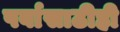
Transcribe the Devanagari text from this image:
पर्वासाठीही